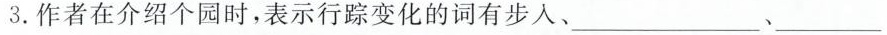
3.作者在介绍个园时，表示行踪变化的词有步入、___、___